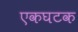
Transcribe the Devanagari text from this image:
एकघटक